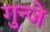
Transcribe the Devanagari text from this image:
गुन्जे